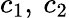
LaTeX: c_{1},\: c_{2}